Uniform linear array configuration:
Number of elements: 4
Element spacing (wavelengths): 1
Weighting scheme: hamming
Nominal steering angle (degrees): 60
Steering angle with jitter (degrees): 59.561
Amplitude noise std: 0.05
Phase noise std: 0.05

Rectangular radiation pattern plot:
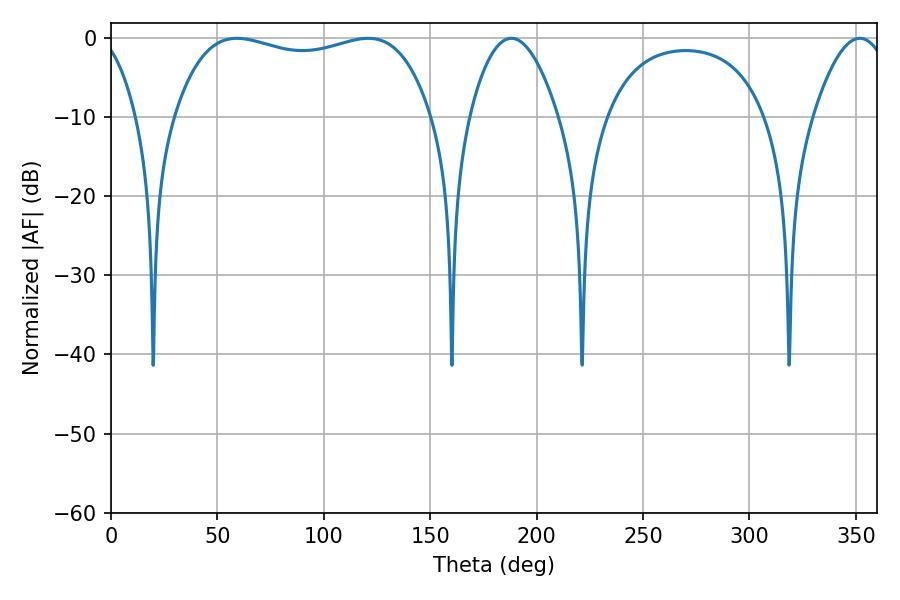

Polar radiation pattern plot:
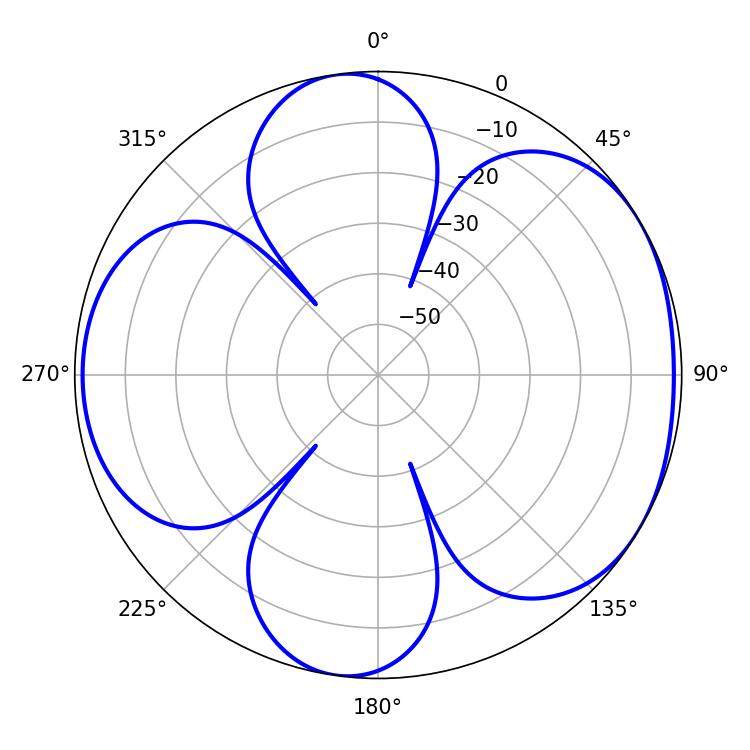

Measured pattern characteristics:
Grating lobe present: TRUE
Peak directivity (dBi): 5.156
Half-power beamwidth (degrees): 23.04
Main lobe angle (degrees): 188.1